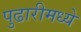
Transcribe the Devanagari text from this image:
पुढारीमध्ये